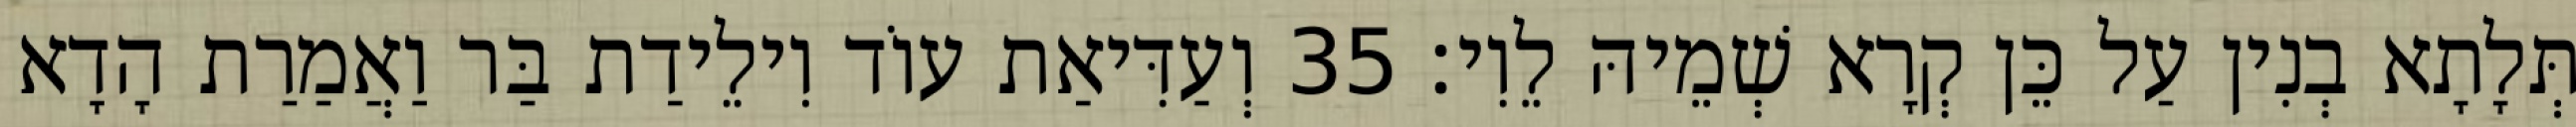
תְּלָתָא בְנִין עַל כֵּן קְרָא שְׁמֵיהּ לֵוִי׃ 35 וְעַדִּיאַת עוֹד וִילֵידַת בַּר וַאֲמַרַת הָדָא